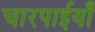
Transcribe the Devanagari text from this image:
चारपाईयाँ